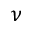
\nu